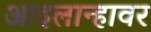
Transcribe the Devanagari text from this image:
आइलान्हावर